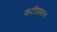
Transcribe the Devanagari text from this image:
कटीवरुन